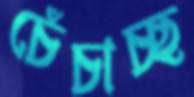
চেঁচাচ্ছ